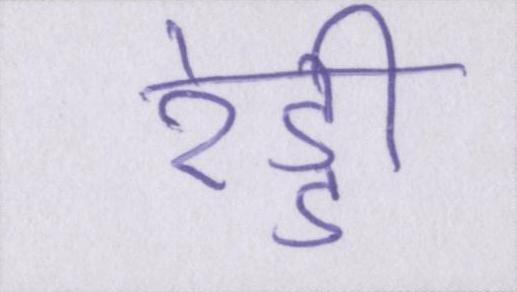
रेड्डी